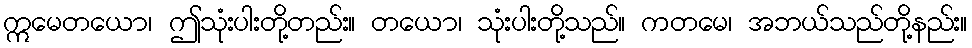
ဣမေတယော၊ ဤသုံးပါးတို့တည်း။ တယော၊ သုံးပါးတို့သည်။ ကတမေ၊ အဘယ်သည်တို့နည်း။